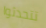
تتحدثوا